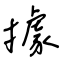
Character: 據